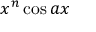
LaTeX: x ^ { n } \cos { a x }